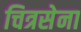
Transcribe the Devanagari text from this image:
चित्रसेना